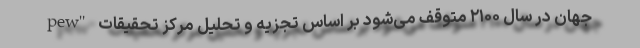
جهان در سال ۲۱۰۰ متوقف می‌شود بر اساس تجزیه و تحلیل مرکز تحقیقات "pew